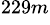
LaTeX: ^{229m}